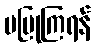
မပြုကြရန်